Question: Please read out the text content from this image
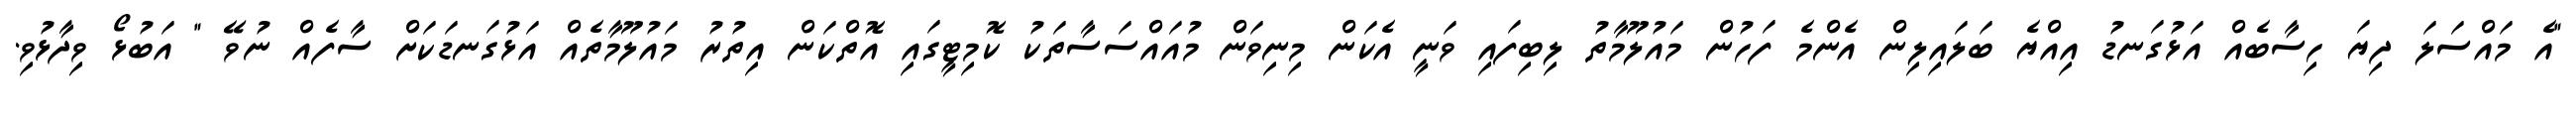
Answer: "އެ މައްސަލަ ދިޔަ ހިސާބެއް އަޅުގަނޑު އިއްޔެ ބަލައިލިން އެންމެ ފަހުން މައުލޫމާތު ލިބިފައި ވަނީ އެކަން މިނިވަން މުއައްސަސާތަކު ކޮމިޓީގައި އޮތްކަން އިތުރު މައުލޫމާތެއް އަޅުގަނޑަކަށް ސާފެއް ނުވޭ " އަބުޅޯ ވިދާޅުވި.